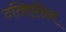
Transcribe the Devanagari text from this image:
टलिएसिन